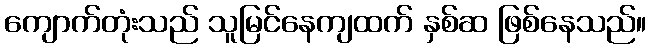
ကျောက်တုံးသည် သူမြင်နေကျထက် နှစ်ဆ ဖြစ်နေသည်။